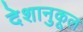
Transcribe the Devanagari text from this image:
देशानुकूल